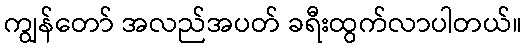
ကျွန်တော် အလည်အပတ် ခရီးထွက်လာပါတယ်။